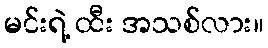
မင်းရဲ့ ထီး အသစ်လား။